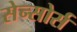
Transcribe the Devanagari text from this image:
सेन्सोर्स